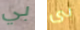
بي بى